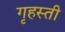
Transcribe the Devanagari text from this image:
गृहस्ती